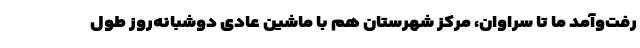
رفت‌وآمد ما تا سراوان، مرکز شهرستان هم با ماشین عادی دوشبانه‌روز طول